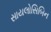
સાયલોસિબિન